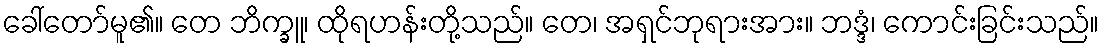
ခေါ်တော်မူ၏။ တေ ဘိက္ခူ၊ ထိုရဟန်းတို့သည်။ တေ၊ အရှင်ဘုရားအား။ ဘဒ္ဒံ၊ ကောင်းခြင်းသည်။